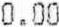
0.00